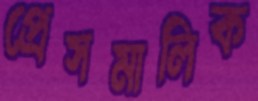
প্রেসমালিক